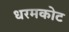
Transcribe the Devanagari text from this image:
धरमकोट